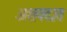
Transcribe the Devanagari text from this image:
अशवदात